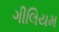
ગીલિયમ